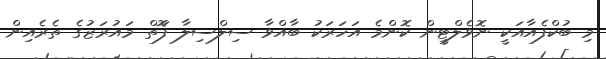
މި ބުކްފެއާއަކީ ނޮވެލްޓީން ކޮންމެ އަހަރަކު ބާއްވާ ސިލްސިލާ ފޮަތް މައުރަޒުގެ ތެރެއިން